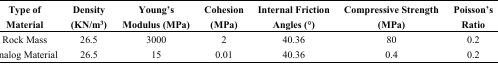
<table><thead><tr><td><b>Type of Material</b></td><td><b>Density (KN/m<sup>3</sup>)</b></td><td><b>Young’s Modulus (MPa)</b></td><td><b>Cohesion (MPa)</b></td><td><b>Internal Friction Angles (°)</b></td><td><b>Compressive Strength (MPa)</b></td><td><b>Poisson’s Ratio</b></td></tr></thead><tbody><tr><td>Rock Mass</td><td>26.5</td><td>3000</td><td>2</td><td>40.36</td><td>80</td><td>0.2</td></tr><tr><td>Analog Material</td><td>26.5</td><td>15</td><td>0.01</td><td>40.36</td><td>0.4</td><td>0.2</td></tr></tbody></table>